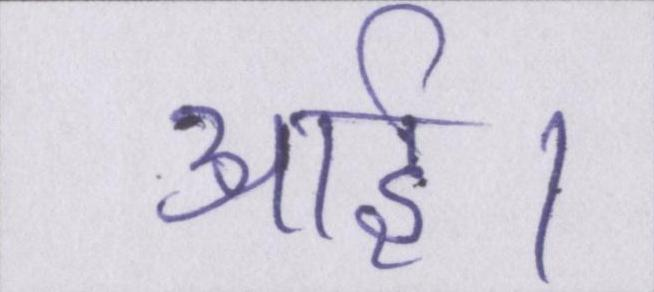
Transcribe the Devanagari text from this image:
आई।